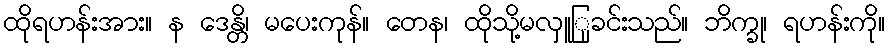
ထိုရဟန်းအား။ န ဒေန္တိ၊ မပေးကုန်။ တေန၊ ထိုသို့မလှူြုခင်းသည်။ ဘိက္ခု၊ ရဟန်းကို။